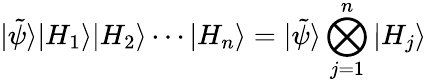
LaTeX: |\tilde{\psi}\rangle|H_{1}\rangle|H_{2}\rangle\cdots|H_{n}\rangle=|\tilde{\psi}\rangle\bigotimes_{j=1}^{n}|H_{j}\rangle